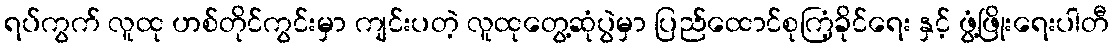
ရပ်ကွက် လူထု ဟစ်တိုင်ကွင်းမှာ ကျင်းပတဲ့ လူထုတွေ့ဆုံပွဲမှာ ပြည်ထောင်စုကြံ့ခိုင်ရေး နှင့် ဖွံ့ဖြိုးရေးပါတီ